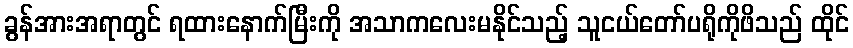
ခွန်အားအရာတွင် ရထားနောက်မြီးကို အသာကလေးမနိုင်သည့် သူငယ်တော်ပရိုကိုဖိသည် ထိုင်